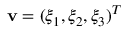
\mathbf v = ( \xi _ { 1 } , \xi _ { 2 } , \xi _ { 3 } ) ^ { T }